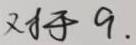
对于 9.